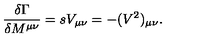
{ \frac { \delta \Gamma } { \delta M ^ { \mu \nu } } } = s V _ { \mu \nu } = - ( V ^ { 2 } ) _ { \mu \nu } .